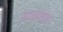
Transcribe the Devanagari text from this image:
इसहक